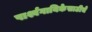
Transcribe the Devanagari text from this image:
पार्श्वगायिकेसाठीचे